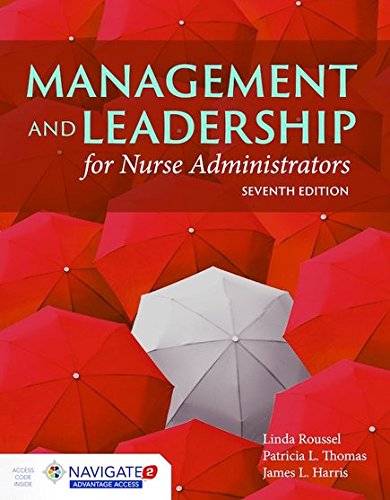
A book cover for Management And Leadership For Nurse Administrators: Navigate 2 Advantage Access; Linda A. Roussel; Medical Books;